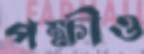
পক্ষীও